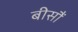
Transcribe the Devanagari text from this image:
बीसौं